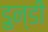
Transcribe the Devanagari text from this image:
डुन्डी